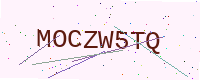
Text: MOCZW5TQ